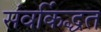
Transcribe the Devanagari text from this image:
संवर्किद्धत